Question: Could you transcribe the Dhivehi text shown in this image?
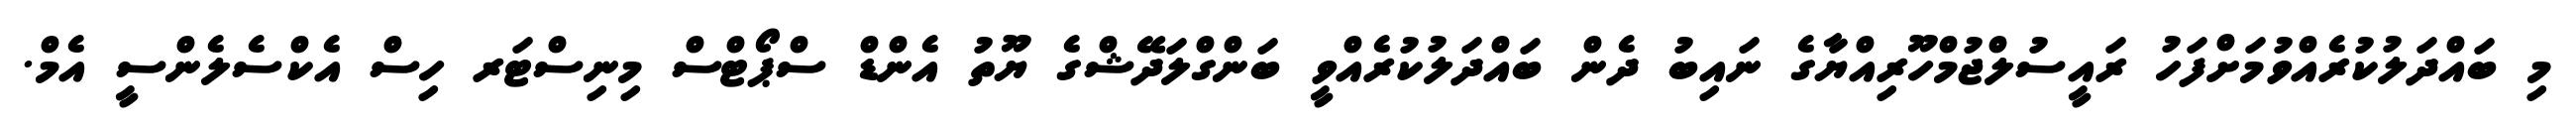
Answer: މި ބައްދަލުކުރެއްވުމަށްފަހު ރައީސުލްޖުމްހޫރިއްޔާގެ ނައިބު ދެން ބައްދަލުކުރެއްވީ ބަންގްލަދޭޝްގެ ޔޫތު އެންޑް ސްޕޯޓްސް މިނިސްޓަރ ހިސް އެކްސެލެންސީ އެމް.